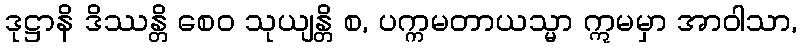
ဒုဋ္ဌာနိ ဒိဿန္တိ စေဝ သုယျန္တိ စ, ပက္ကမတာယသ္မာ ဣမမှာ အာဝါသာ,